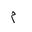
Letter: _mim